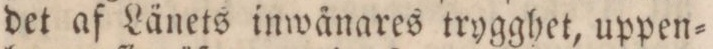
det af Länets inwånares trygghet, uppen=